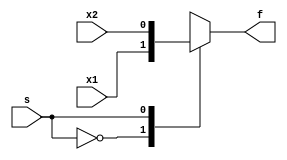
module mux_2_1_case (
input x1 ,
input x2 ,
input s,
output reg f
);
always@ (*)
begin
case (s)
0: f = x1;
1: f = x2;
endcase
end
endmodule